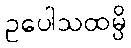
ဥပေါသထမ္ပိ